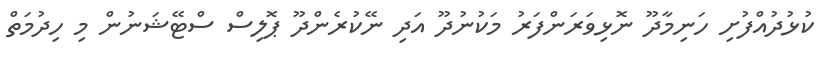
ކުޅުދުއްފުށި ހަނިމާދޫ ނޮޅިވަރަންފަރު މަކުނުދޫ އަދި ނޭކުރެންދޫ ޕޮލިސް ސްޓޭޝަނުން މި ހިދުމަތް